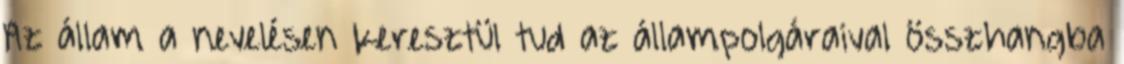
Az állam a nevelésen keresztül tud az állampolgáraival összhangba